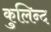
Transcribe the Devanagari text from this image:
कुलिन्द